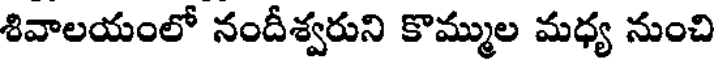
శివాలయంలో నందీశ్వరుని కొమ్ముల మధ్య నుంచి